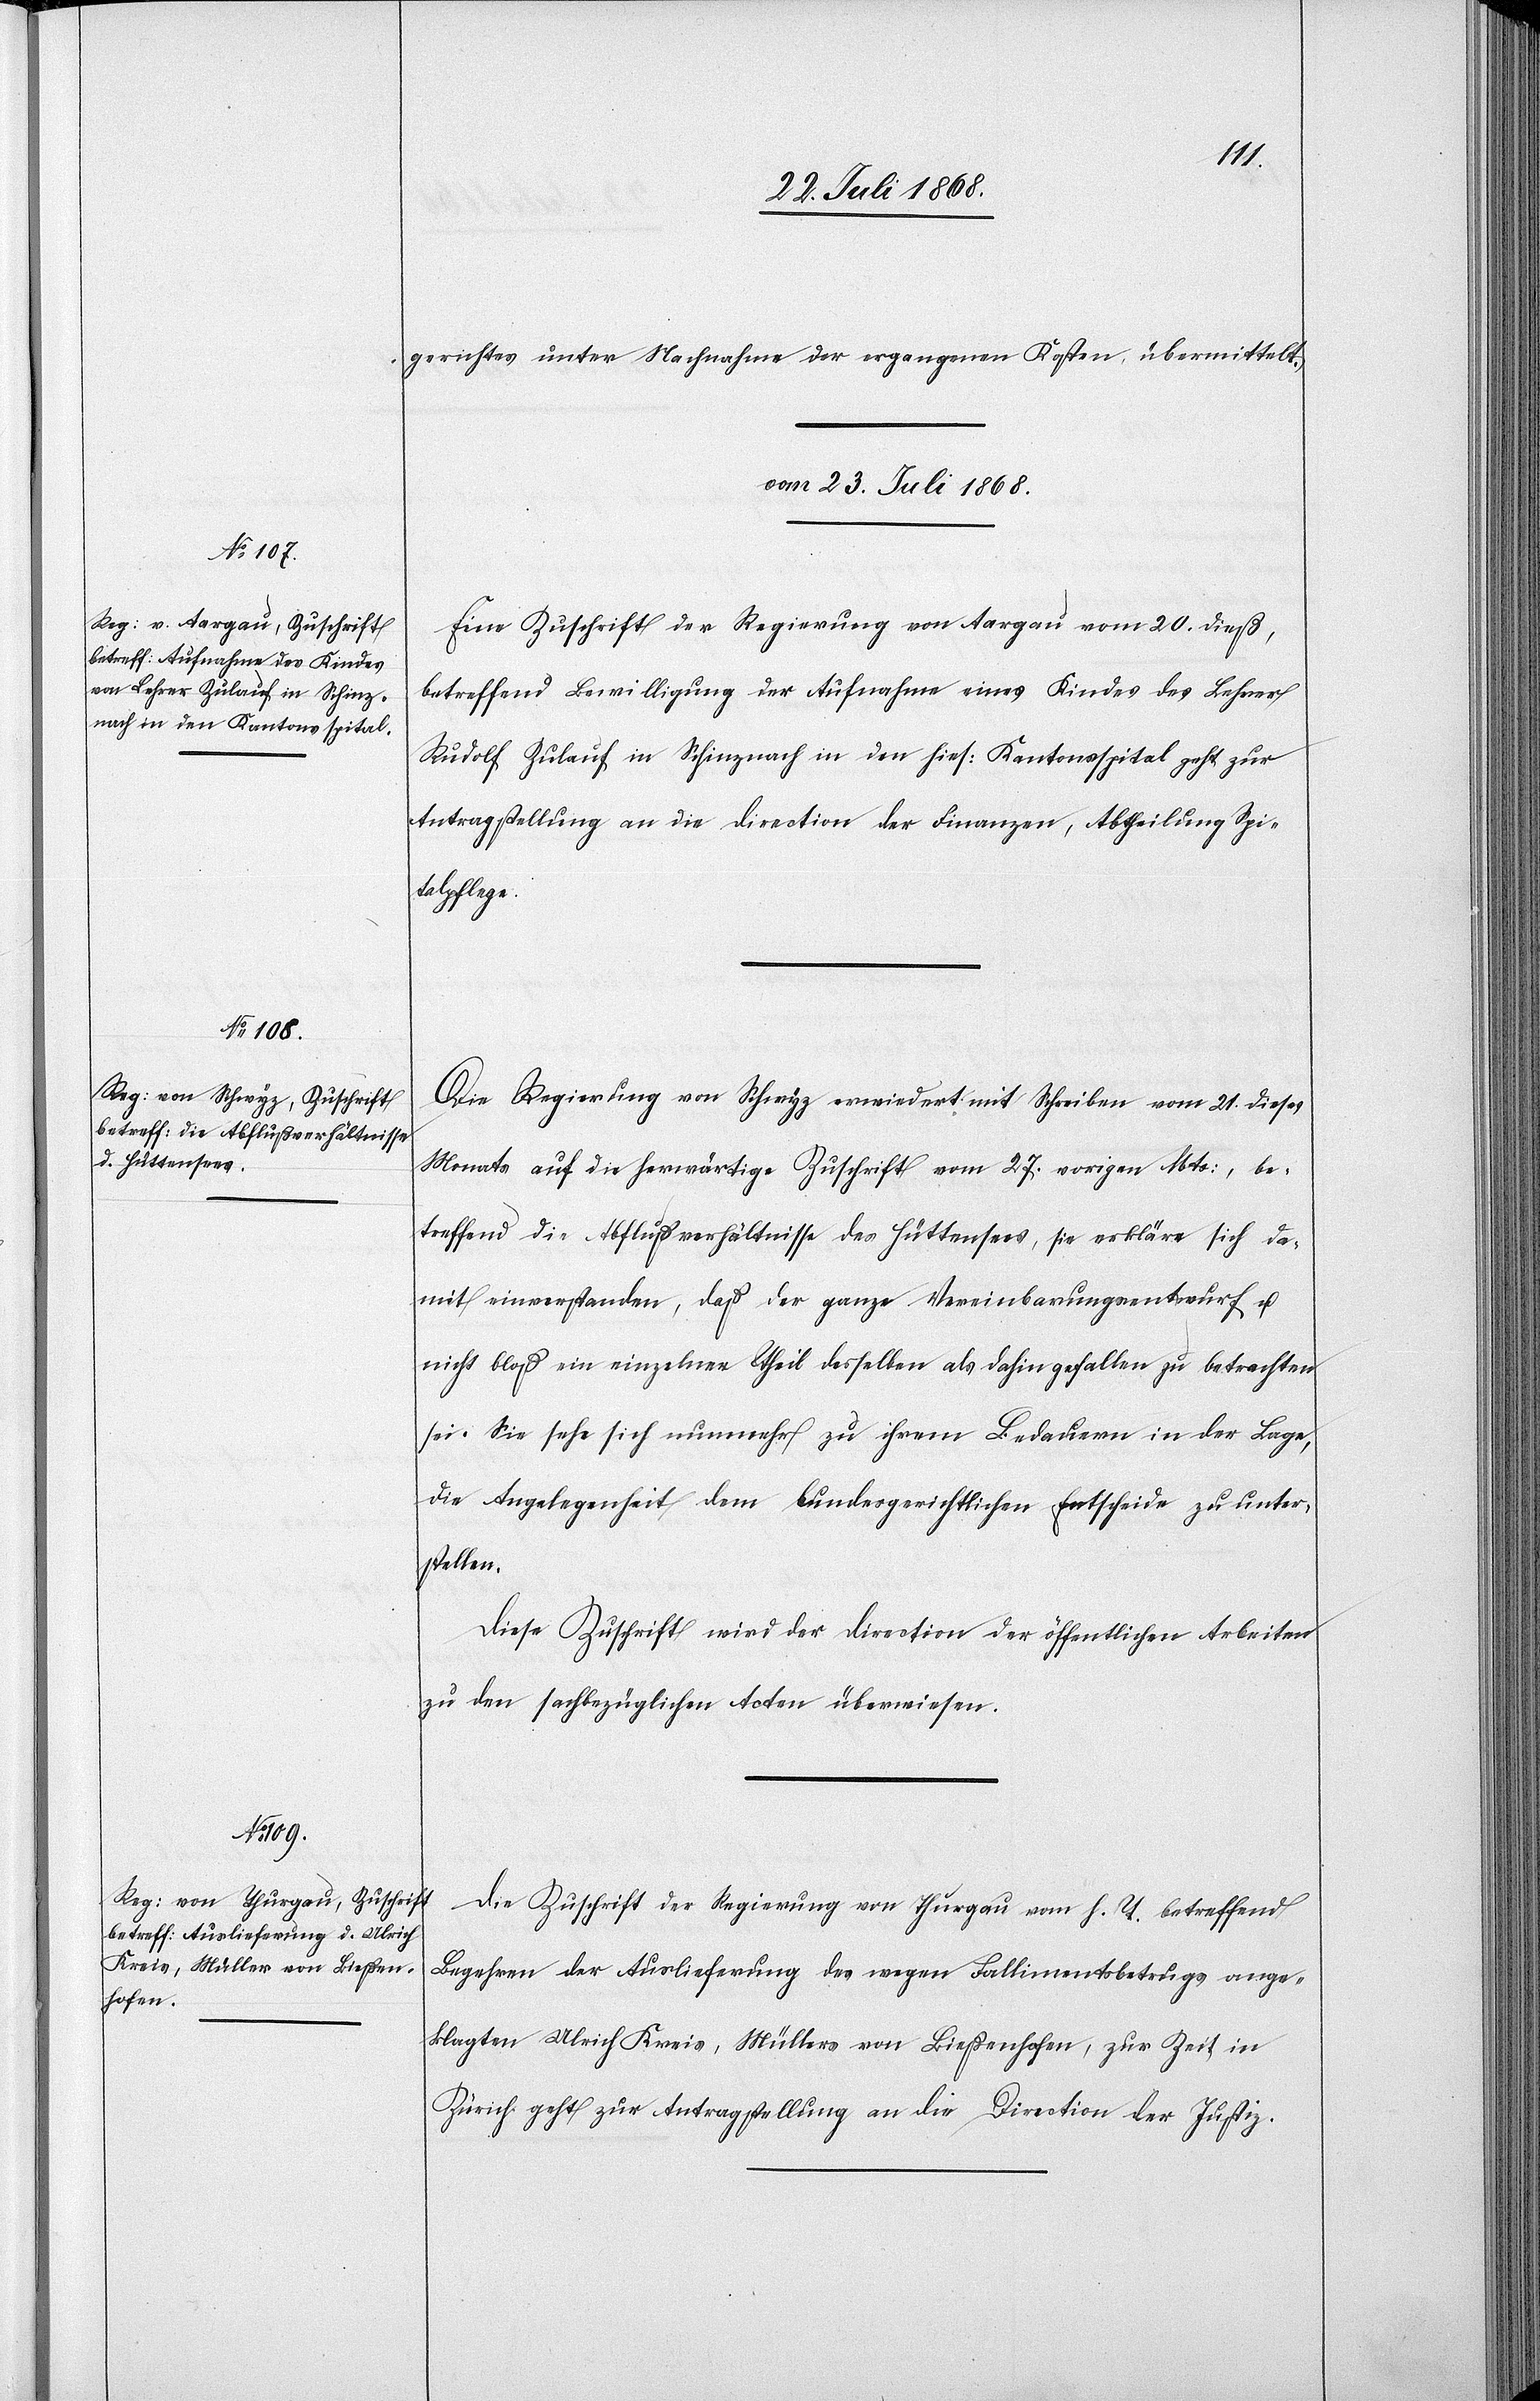
gerichtes unter Nachnahme der ergangenen Kosten übermittelt.
vom 23. Juli 1868.]
Eine Zuschrift der Regierung von Aargau vom 20. dieß,
betreffend Bewilligung der Aufnahme eines Kindes des Lehrer
Rudolf Zulauf in Schinznach in den hies: Kantonsspital geht zur
Antragstellung an die Direction der Finanzen, Abtheilung Spi¬
talpflege.
Die Regierung von Schwyz erwiedert mit Schreiben vom 21. dieses
Monats auf die herwärtige Zuschrift vom 27. vorigen Mts:, be¬
treffend die Abflußverhältnisse des Hüttensees, sie erkläre sich da¬
mit einverstanden, daß der ganze Vereinbarungsentwurf u.
nicht bloß ein einzelner Theil desselben als dahin gefallen zu betrachten
sei. Sie sehe sich nunmehr zu ihrem Bedauern in der Lage,
die Angelegenheit dem bundesgerichtlichen Entscheide zu unter¬
stellen.
Diese Zuschrift wird der Direction der öffentlichen Arbeiten
zu den sachbezüglichen Acten überwiesen.
Die Zuschrift der Regierung von Thurgau vom h. T. betreffend
Begehren der Auslieferung des wegen Fallimentsbetrugs ange¬
klagten Ulrich Kreis, Müllers von Bießenhofen, zur Zeit in
Zürich geht zur Antragstellung an die Direction der Justiz.